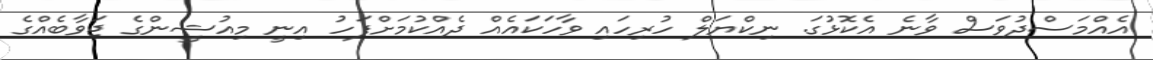
އެއްމަސްދުވަސް ވާނެ އެކޮޅުގަ. ނިކްޔަލް ހުރިހައި ވާހަކައެއް ދެއްކުމަށްފަހު އިނީ މިއުޝީންގެ ޖަވާބެއްގެ